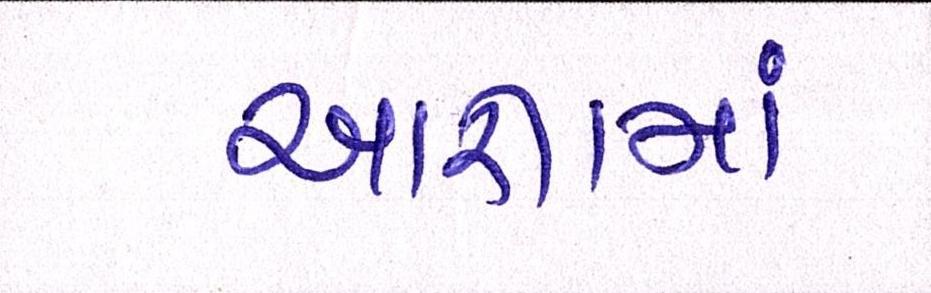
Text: આજ્ઞામાં